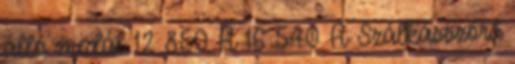
álló medál 12 850 Ft 16 540 Ft Szálkásszőrű